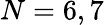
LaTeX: N=6,7